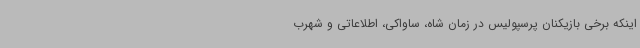
اینکه برخی بازیکنان پرسپولیس در زمان شاه، ساواکی، اطلاعاتی و شهرب